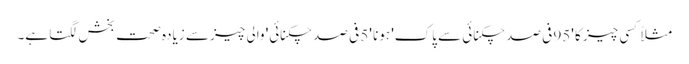
مثلاً کسی چیز کا '95 فی صد چکنائی سے پاک' ہونا '5 فی صد چکنائی' والی چیز سے زیادہ صحت بخش لگتا ہے۔